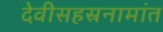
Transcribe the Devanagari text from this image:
देवीसहस्रनामांत